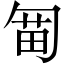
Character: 𠣯